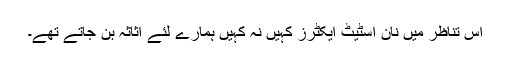
اس تناظر میں نان اسٹیٹ ایکٹرز کہیں نہ کہیں ہمارے لئے اثاثہ بن جاتے تھے۔